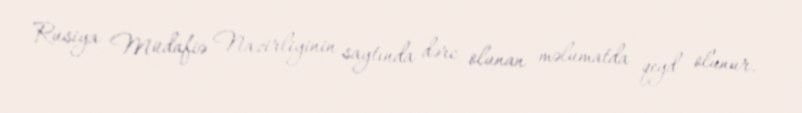
Rusiya Müdafiə Nazirliyinin saytında dərc olunan məlumatda qeyd olunur.